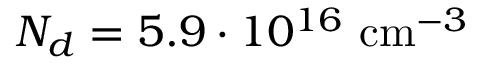
N _ { d } = 5 . 9 \cdot 1 0 ^ { 1 6 } \ensuremath { ~ \mathrm { c m } ^ { - 3 } }